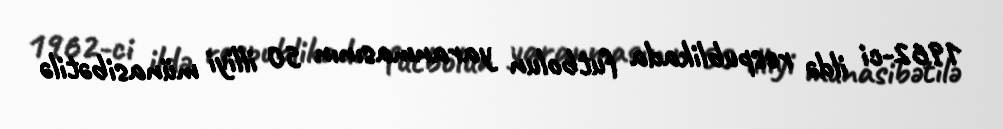
1962-ci ildə respublikada futbolun yaranmasının 50 illiyi münasibətilə